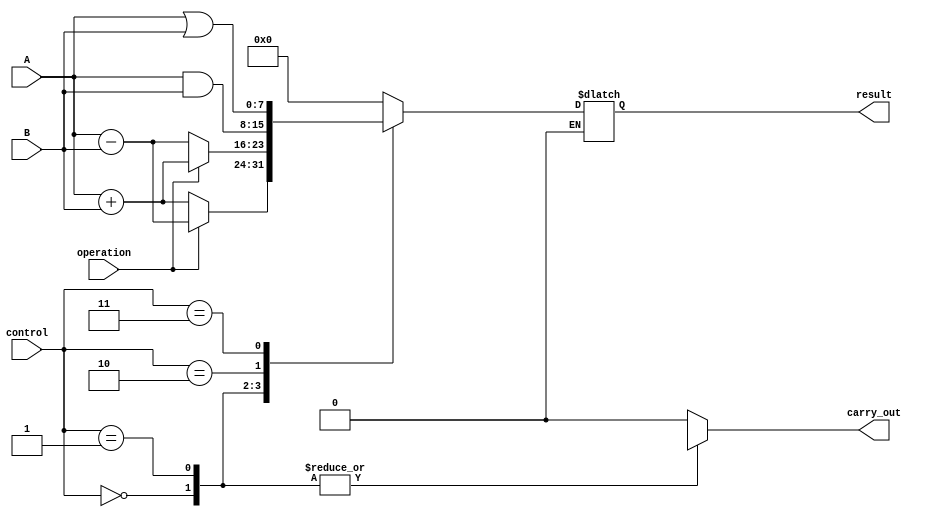
module ALU(
    input [7:0] A,
    input [7:0] B,
    input [2:0] control,
    input operation, // 0 for addition, 1 for subtraction
    output reg [7:0] result,
    output reg carry_out
);

always @(*)
begin
    case(control)
        3'b000: // Addition
            begin
                if(operation == 0)
                    result = A + B;
                else if(operation == 1)
                    result = A - B;
                carry_out = result[8];
            end
        3'b001: // Subtraction
            begin
                if(operation == 0)
                    result = A - B;
                else if(operation == 1)
                    result = A + B;
                carry_out = result[8];
            end
        3'b010: // Bitwise AND
            begin
                result = A & B;
                carry_out = 1'b0;
            end
        3'b011: // Bitwise OR
            begin
                result = A | B;
                carry_out = 1'b0;
            end
        default: 
            begin
                result = 8'b0;
                carry_out = 1'b0;
            end
    endcase
end

endmodule